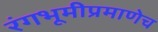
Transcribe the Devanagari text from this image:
रंगभूमीप्रमाणेच